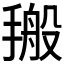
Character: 𰔙